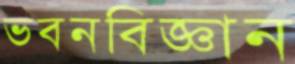
ভবনবিজ্ঞান